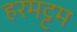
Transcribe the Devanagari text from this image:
हरमट्टम